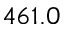
4 6 1 . 0